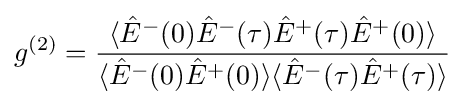
g^{(2)}={\frac {\langle {\hat {E}}^{-}(0){\hat {E}}^{-}(\tau ){\hat {E}}^{+}(\tau ){\hat {E}}^{+}(0)\rangle }{\langle {\hat {E}}^{-}(0){\hat {E}}^{+}(0)\rangle \langle {\hat {E}}^{-}(\tau ){\hat {E}}^{+}(\tau )\rangle }}